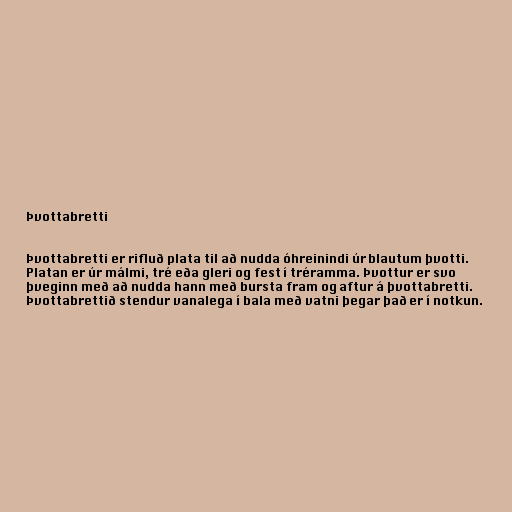
Þvottabretti

Þvottabretti er rifluð plata til að nudda óhreinindi úr blautum þvotti.
Platan er úr málmi, tré eða gleri og fest í tréramma. Þvottur er svo
þveginn með að nudda hann með bursta fram og aftur á þvottabretti.
Þvottabrettið stendur vanalega í bala með vatni þegar það er í notkun.